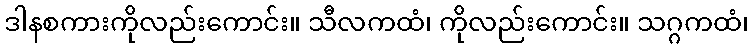
ဒါနစကားကိုလည်းကောင်း။ သီလကထံ၊ ကိုလည်းကောင်း။ သဂ္ဂကထံ၊